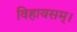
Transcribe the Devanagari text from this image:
विहायसम्।